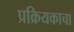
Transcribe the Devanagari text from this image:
प्रक्रियकाचा